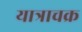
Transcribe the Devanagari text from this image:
यात्राचक्र